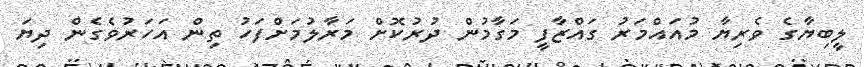
ލީބިޔާގެ ވެރިޔާ މުއައްމަރު ގައްޒާފީ މަގާމުން ދުރުކޮށް މަރާލުމަށްފަހު ތިން އަހަރުވެގެން ދިޔަ